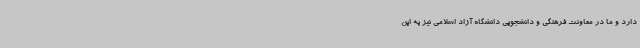
دارد و ما در معاونت فرهنگی و دانشجویی دانشگاه آزاد اسلامی نیز به این